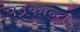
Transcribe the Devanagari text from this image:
चंद्रकान्त